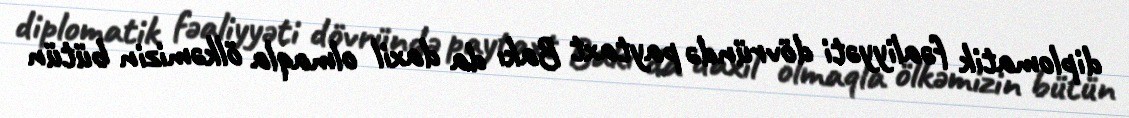
diplomatik fəaliyyəti dövründə paytaxt Bakı da daxil olmaqla ölkəmizin bütün